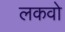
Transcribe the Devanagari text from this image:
लकवो